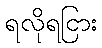
ရလိုရငြား